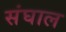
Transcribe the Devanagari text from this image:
संघाल